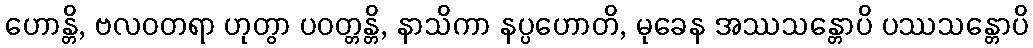
ဟောန္တိ, ဗလဝတရာ ဟုတွာ ပဝတ္တန္တိ, နာသိကာ နပ္ပဟောတိ, မုခေန အဿသန္တောပိ ပဿသန္တောပိ